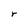
Character: r